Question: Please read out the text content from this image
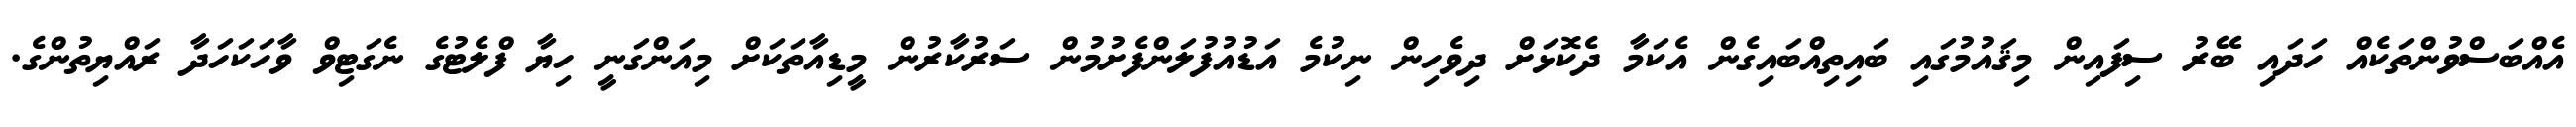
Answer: އެއްބަސްވުންތަކެއް ހަދައި ބޭރު ސިފައިން މިޤައުމުގައި ބައިތިއްބައިގެން އެކަމާ ދެކޮޅަށް ދިވެހިން ނިކުމެ އަޑުއުފުލަންފެށުމުން ސަރުކާރުން މީޑިއާތަކަށް މިއަންގަނީ ހިޔާ ފްލެޓުގެ ނެގަޓިވް ވާހަކަހަދާ ރައްޔިތުންގެ.